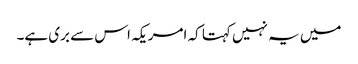
میں یہ نہیں کہتا کہ امریکہ اس سے بری ہے۔